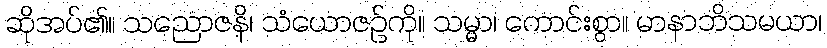
ဆိုအပ်၏။ သညောဇနိ၊ သံယောဇဉ်ကို။ သမ္မာ၊ ကောင်းစွာ။ မာနာဘိသမယာ၊